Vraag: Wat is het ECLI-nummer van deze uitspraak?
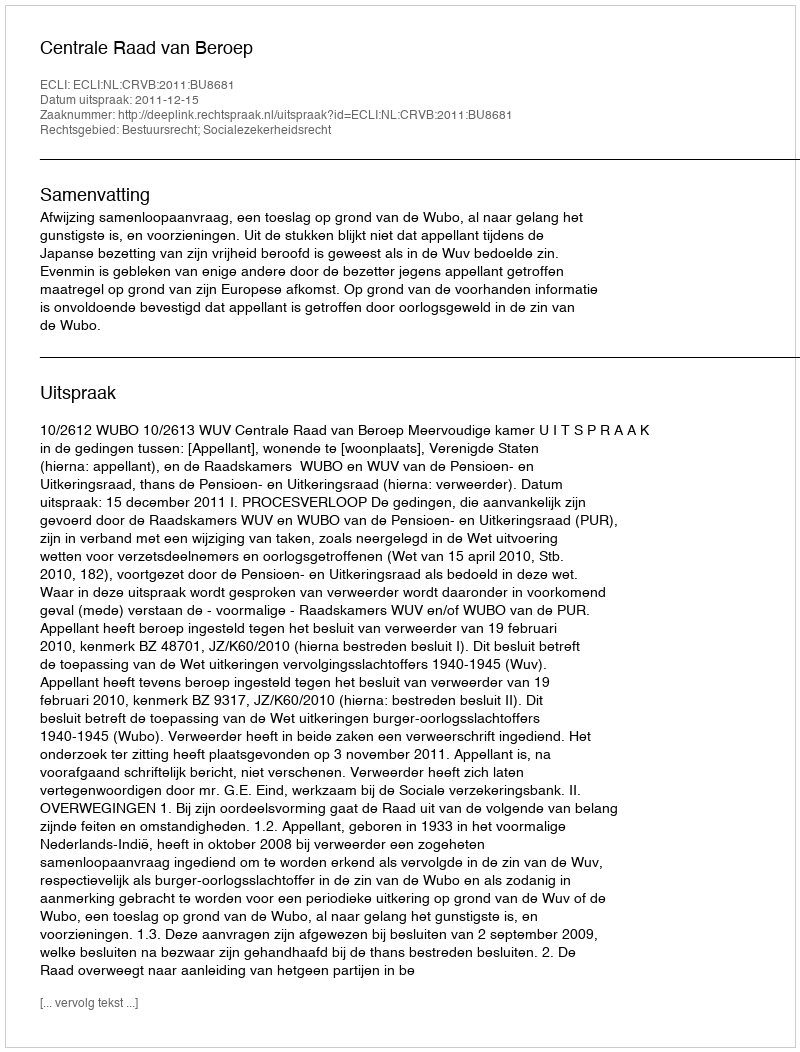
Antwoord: ECLI:NL:CRVB:2011:BU8681